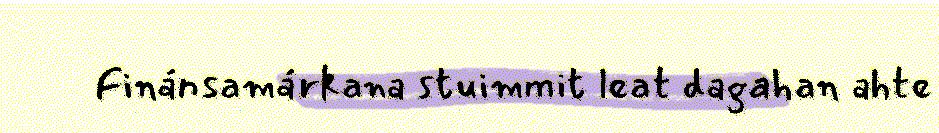
Finánsamárkana stuimmit leat dagahan ahte